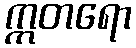
ဣတရော